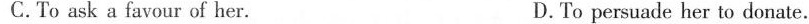
C.To ask a favour of her. D.To persuade her to donate.